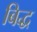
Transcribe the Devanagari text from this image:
बिद्ध